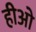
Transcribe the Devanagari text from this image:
हीओ